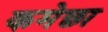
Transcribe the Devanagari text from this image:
कमेछा